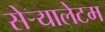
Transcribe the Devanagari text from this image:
सेर्‍यालेटम